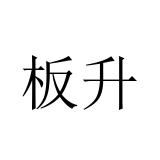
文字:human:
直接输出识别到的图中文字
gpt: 板升